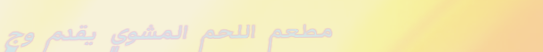
مطعم اللحم المشوي يقدم وج